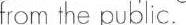
from the public.